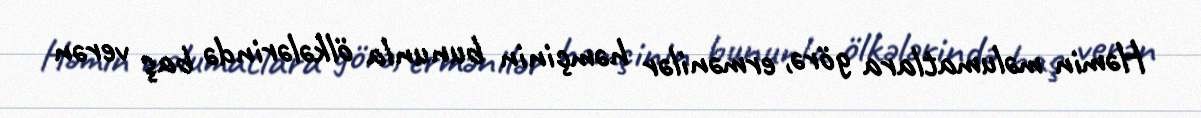
Həmin məlumatlara görə, ermənilər həmçinin bununla ölkələrində baş verən